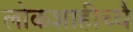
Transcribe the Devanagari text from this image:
लोकशाहीच्यै